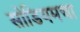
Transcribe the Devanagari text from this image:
सोडियमचा